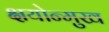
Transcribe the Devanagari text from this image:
क्षयोन्मुख